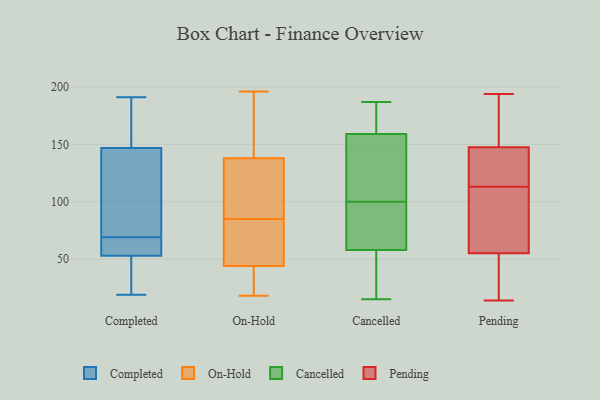
{"axis": {"x": "Backlog", "y": "Value"}, "legend": ["Cancelled", "Completed", "On-Hold", "Pending"], "data": [{"x": "", "y": 19, "type": "Completed"}, {"x": "", "y": 51, "type": "Completed"}, {"x": "", "y": 101, "type": "Completed"}, {"x": "", "y": 36, "type": "Completed"}, {"x": "", "y": 67, "type": "Completed"}, {"x": "", "y": 191, "type": "Completed"}, {"x": "", "y": 59, "type": "Completed"}, {"x": "", "y": 101, "type": "Completed"}, {"x": "", "y": 69, "type": "Completed"}, {"x": "", "y": 162, "type": "Completed"}, {"x": "", "y": 176, "type": "Completed"}, {"x": "", "y": 92, "type": "On-Hold"}, {"x": "", "y": 56, "type": "On-Hold"}, {"x": "", "y": 196, "type": "On-Hold"}, {"x": "", "y": 22, "type": "On-Hold"}, {"x": "", "y": 146, "type": "On-Hold"}, {"x": "", "y": 74, "type": "On-Hold"}, {"x": "", "y": 107, "type": "On-Hold"}, {"x": "", "y": 167, "type": "On-Hold"}, {"x": "", "y": 18, "type": "On-Hold"}, {"x": "", "y": 20, "type": "On-Hold"}, {"x": "", "y": 130, "type": "On-Hold"}, {"x": "", "y": 78, "type": "On-Hold"}, {"x": "", "y": 32, "type": "On-Hold"}, {"x": "", "y": 99, "type": "On-Hold"}, {"x": "", "y": 111, "type": "On-Hold"}, {"x": "", "y": 154, "type": "On-Hold"}, {"x": "", "y": 66, "type": "On-Hold"}, {"x": "", "y": 22, "type": "On-Hold"}, {"x": "", "y": 180, "type": "On-Hold"}, {"x": "", "y": 74, "type": "On-Hold"}, {"x": "", "y": 139, "type": "Cancelled"}, {"x": "", "y": 131, "type": "Cancelled"}, {"x": "", "y": 58, "type": "Cancelled"}, {"x": "", "y": 107, "type": "Cancelled"}, {"x": "", "y": 81, "type": "Cancelled"}, {"x": "", "y": 175, "type": "Cancelled"}, {"x": "", "y": 110, "type": "Cancelled"}, {"x": "", "y": 169, "type": "Cancelled"}, {"x": "", "y": 159, "type": "Cancelled"}, {"x": "", "y": 187, "type": "Cancelled"}, {"x": "", "y": 164, "type": "Cancelled"}, {"x": "", "y": 36, "type": "Cancelled"}, {"x": "", "y": 93, "type": "Cancelled"}, {"x": "", "y": 31, "type": "Cancelled"}, {"x": "", "y": 15, "type": "Cancelled"}, {"x": "", "y": 44, "type": "Cancelled"}, {"x": "", "y": 72, "type": "Cancelled"}, {"x": "", "y": 78, "type": "Cancelled"}, {"x": "", "y": 64, "type": "Pending"}, {"x": "", "y": 71, "type": "Pending"}, {"x": "", "y": 86, "type": "Pending"}, {"x": "", "y": 18, "type": "Pending"}, {"x": "", "y": 148, "type": "Pending"}, {"x": "", "y": 82, "type": "Pending"}, {"x": "", "y": 147, "type": "Pending"}, {"x": "", "y": 187, "type": "Pending"}, {"x": "", "y": 46, "type": "Pending"}, {"x": "", "y": 37, "type": "Pending"}, {"x": "", "y": 141, "type": "Pending"}, {"x": "", "y": 14, "type": "Pending"}, {"x": "", "y": 38, "type": "Pending"}, {"x": "", "y": 99, "type": "Pending"}, {"x": "", "y": 127, "type": "Pending"}, {"x": "", "y": 147, "type": "Pending"}, {"x": "", "y": 134, "type": "Pending"}, {"x": "", "y": 169, "type": "Pending"}, {"x": "", "y": 163, "type": "Pending"}, {"x": "", "y": 194, "type": "Pending"}]}